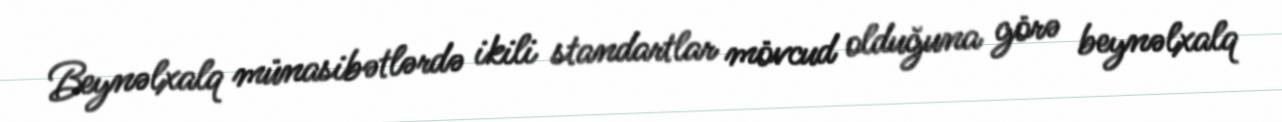
Beynəlxalq münasibətlərdə ikili standartlar mövcud olduğuna görə beynəlxalq